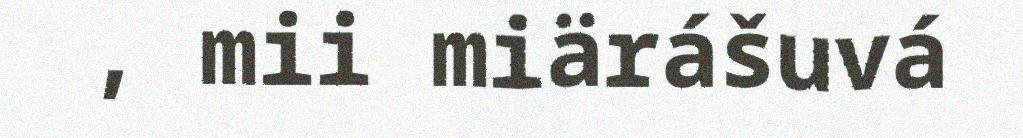
, mii miärášuvá